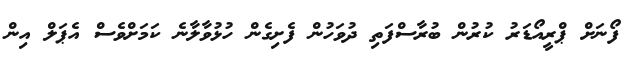
ފޯނަށް ޕްރީއޯޑަރު ކުރުން ބުރާސްފަތި ދުވަހުން ފެށިގެން ހުޅުވާލާނެ ކަމަށްވެސް އެޕަލް އިން